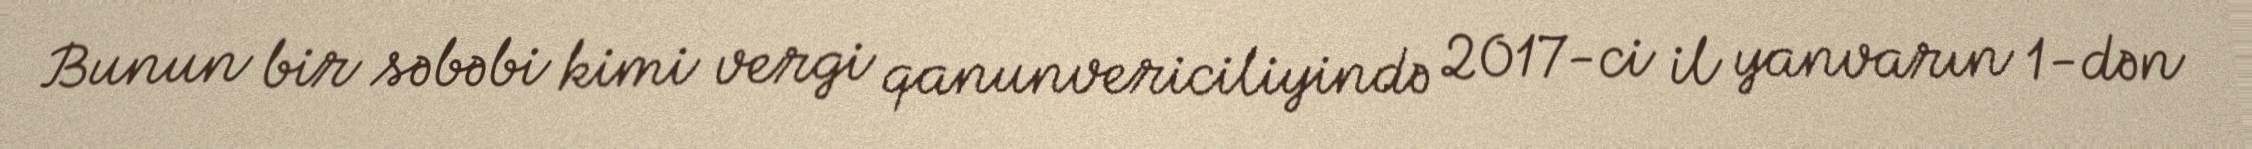
Bunun bir səbəbi kimi vergi qanunvericiliyində 2017-ci il yanvarın 1-dən